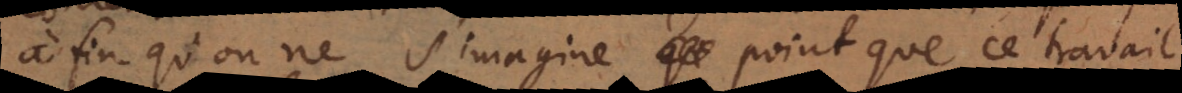
à fin qu’on ne s’imagine point que ce travail